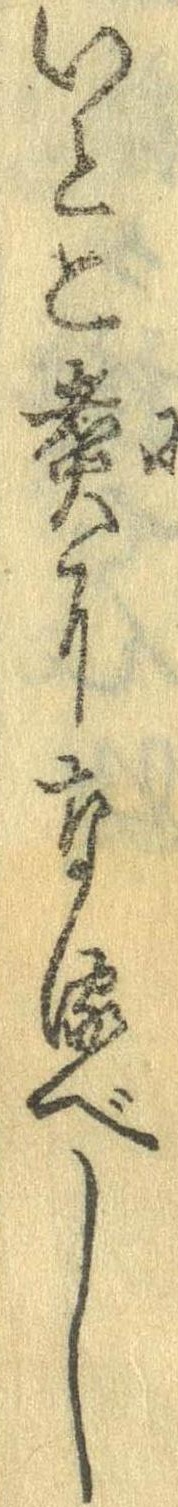
いとこ煮になるべし